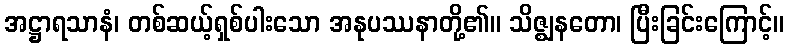
အဋ္ဌာရသာနံ၊ တစ်ဆယ့်ရှစ်ပါးသော အနုပဿနာတို့၏။ သိဇ္ဈနတော၊ ပြီးခြင်းကြောင့်။